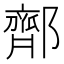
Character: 𬪜